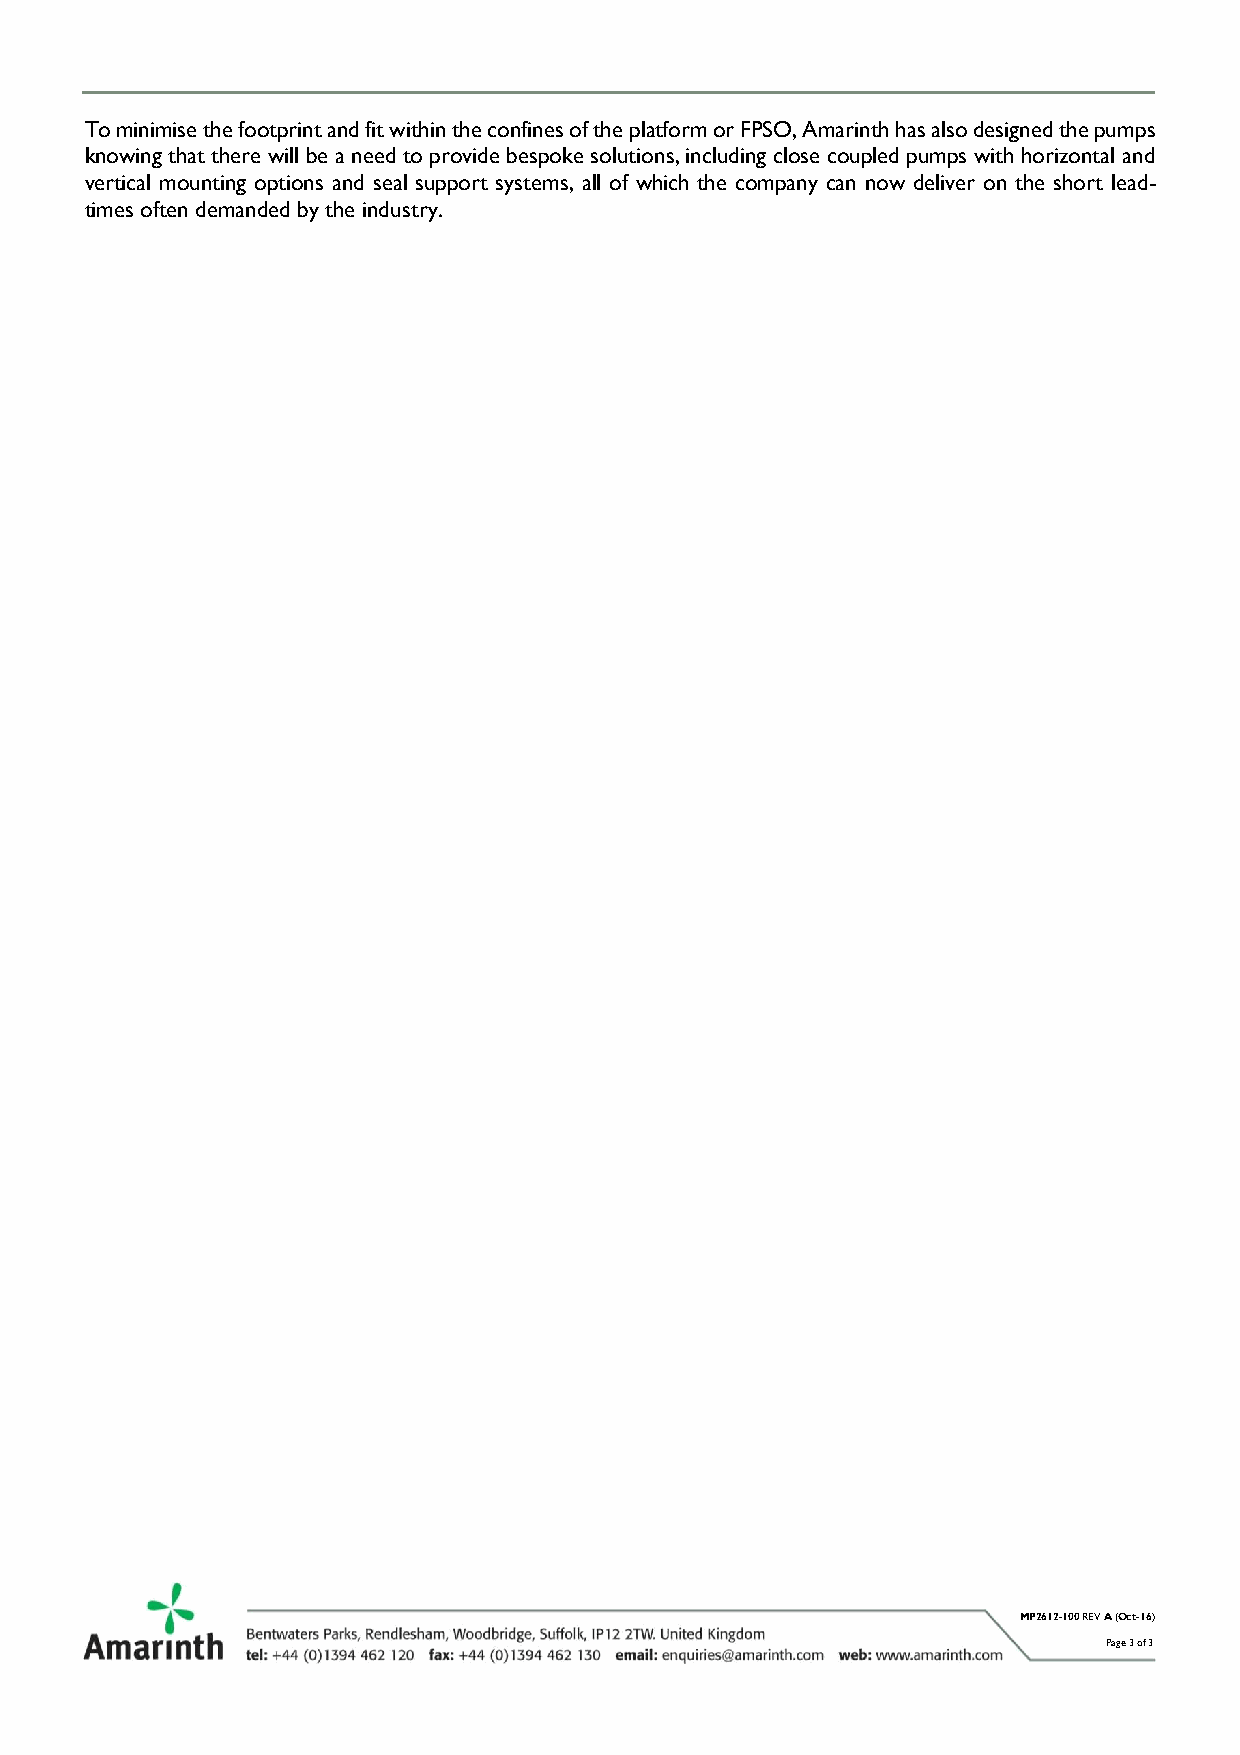
To minimise the footprint and fit within the confines of the platform or FPSO, Amarinth has also designed the pumps
 knowing that there will be a need to provide bespoke solutions, including close coupled pumps with horizontal and
 vertical mounting options and seal support systems, all of which the company can now deliver on the short lead-
 times often demanded by the industry.
 MP2612-100 REV A (Oct-16)
 Page 3 of 3